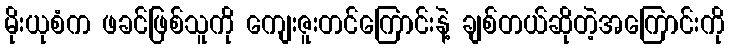
မိုးယုစံက ဖခင်ဖြစ်သူကို ကျေးဇူးတင်ကြောင်းနဲ့ ချစ်တယ်ဆိုတဲ့အကြောင်းကို